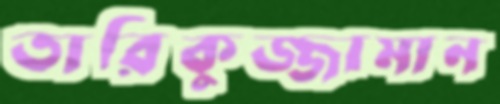
তারিকুজ্জামান